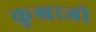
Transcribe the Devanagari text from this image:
कुखाजी